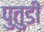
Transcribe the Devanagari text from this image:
पुतुडी